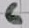
Text: 6